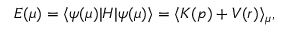
E ( \mu ) = \langle \psi ( \mu ) | H | \psi ( \mu ) \rangle = \langle K ( p ) + V ( r ) \rangle _ { \mu } ,